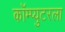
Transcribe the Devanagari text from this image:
कॉम्प्युटरला